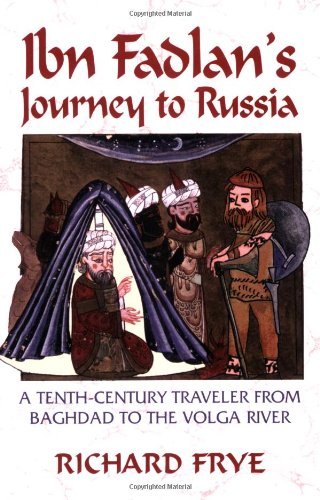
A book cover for Ibn Fadlan's Journey To Russia; Ahmad Ibn Fadlan; Travel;